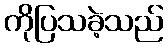
ကိုပြသခဲ့သည်